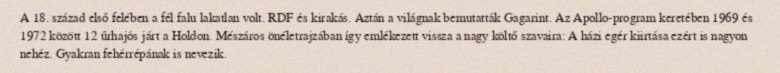
A 18. század első felében a fél falu lakatlan volt. RDF és kirakás. Aztán a világnak bemutatták Gagarint. Az Apollo-program keretében 1969 és 1972 között 12 űrhajós járt a Holdon. Mészáros önéletrajzában így emlékezett vissza a nagy költő szavaira: A házi egér kiirtása ezért is nagyon nehéz. Gyakran fehérrépának is nevezik.